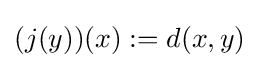
(j(y))(x):=d(x,y)